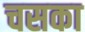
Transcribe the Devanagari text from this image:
चसका